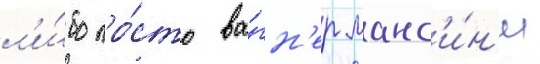
л'и́бо про́сто ва́гн'ер манс'и́н'и